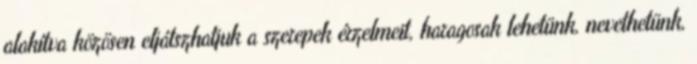
alakítva közösen eljátszhatjuk a szerepek érzelmeit, haragosak lehetünk, nevethetünk,